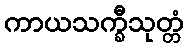
ကာယသက္ခီသုတ္တံ